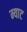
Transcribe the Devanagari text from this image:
म्याट